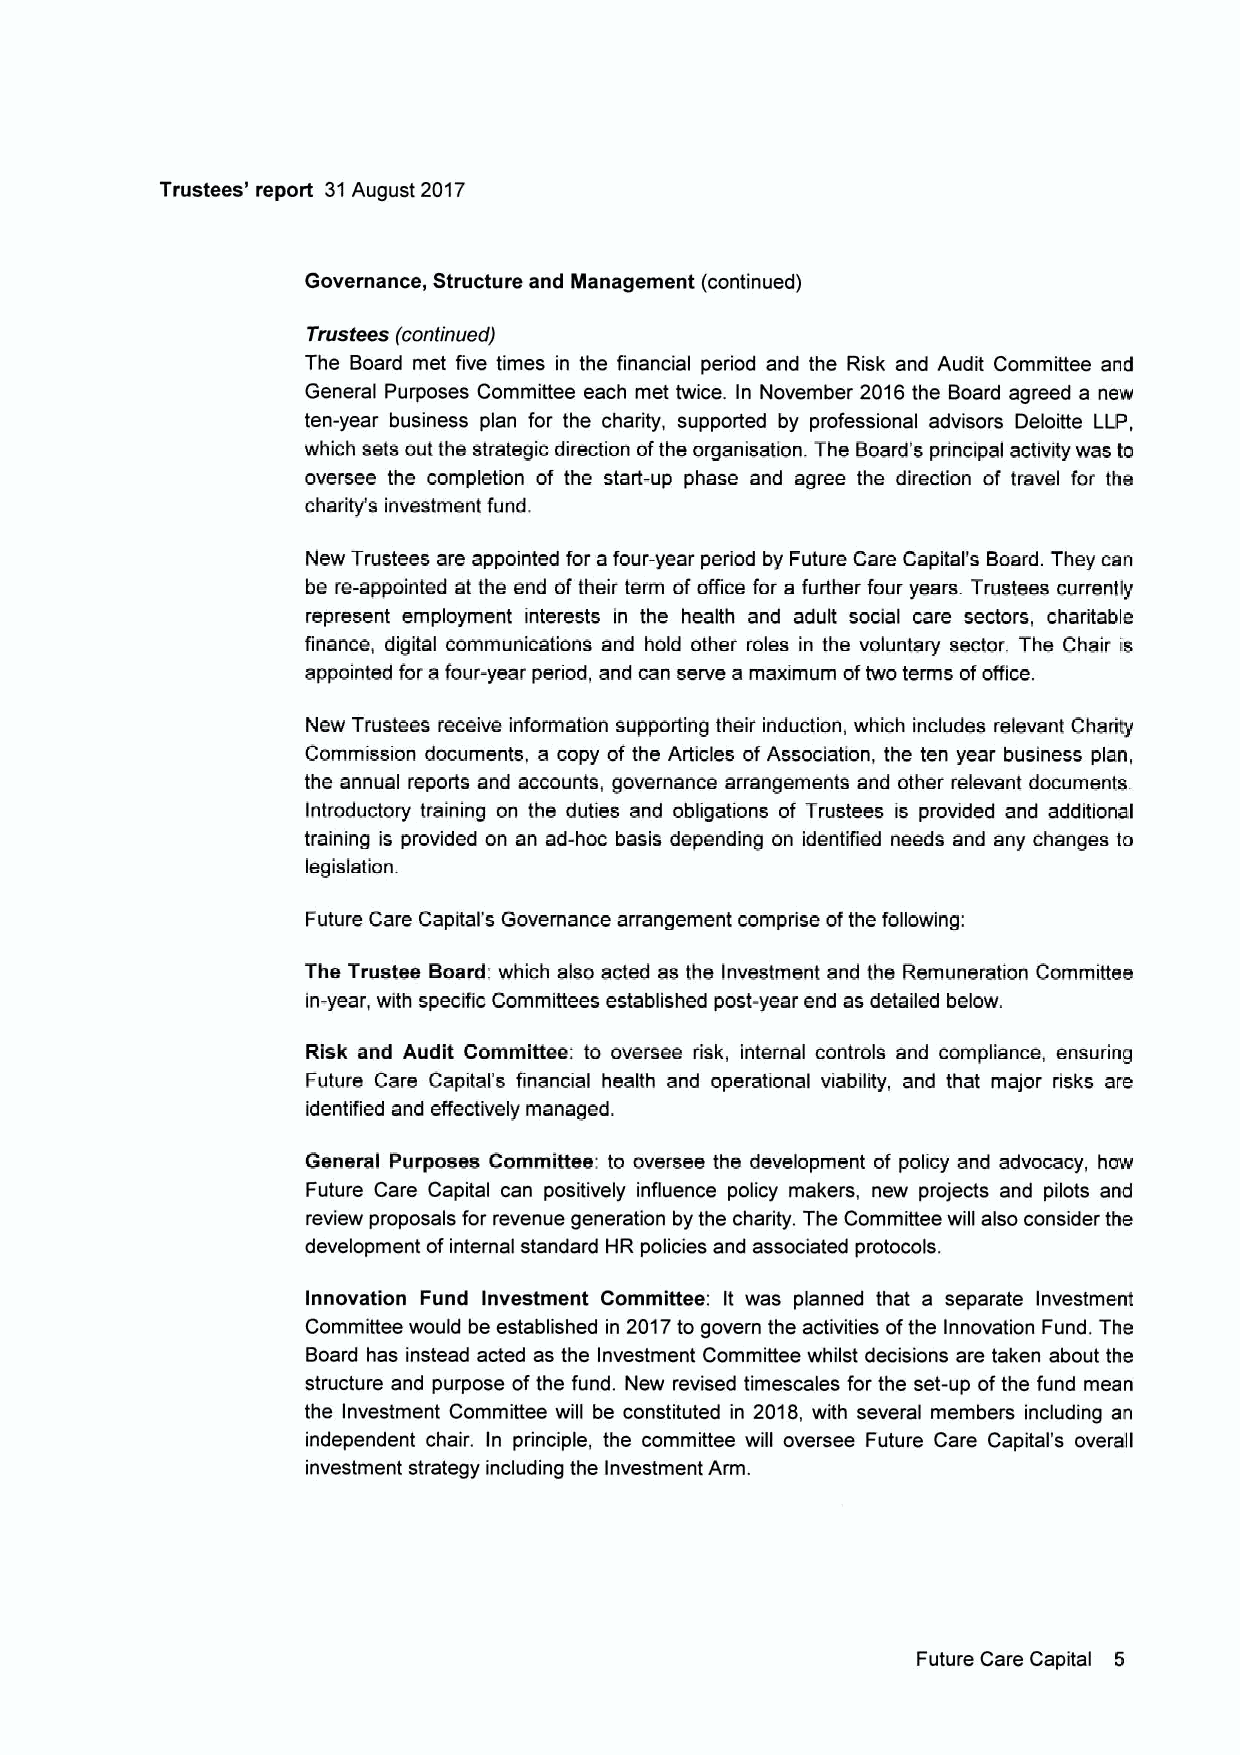
Trustees' report 31August 2017
 Governance, Structure and Management (continued)
 Trustees (continued)
 The Board met five times in the financial period and the Risk and Audit Committee and
 General Purposes Committee each met twice. In November 2016 the Board agreed a new
 ten-year business plan for the charity, supported by professional advisors Deloitte LLP,
 which sets out the strategic direction ofthe organisation. The Board's principal activity was to
 oversee the completion of the start-up phase and agree the direction of travel for the
 charity's investment fund.
 New Trustees are appointed for a four-year period by Future Care Capital's Board. They can
 be re-appointed at the end oftheir term ofoffice for a further four years. Trustees currently
 represent employment interests in the health and adult social care sectors, charitable
 finance, digital communications and hold other roles in the voluntary sector. The Chair is
 appointed fora four-year period, and can serve a maximum oftwo terins ofoffice.
 New Trustees receive information supporting their induction, which includes relevant Charity
 Commission documents, a copy of the Articles of Association, the ten year business plan,
 the annual reports and accounts, governance arrangements and other relevant documents.
 Introductory training on the duties and obligations of Trustees is provided and additional
 training is provided on an ad-hoc basis depending on identiTied needs and any changes to
 legislation.
 Future Care Capital's Governance arrangement comprise ofthe following:
 The Trustee Board: which also acted as the Investment and the Remuneration Committee
 in-year, with specific Committees established post-year end as detailed below.
 Risk and Audit Committee: to oversee risk, internal controls and compliance, ensuring
 Future Care Capital's financial health and operational viability, and that major risks are
 identified and effectively managed.
 General Purposes Committee: to oversee the development of policy and advocacy, how
 Future Care Capital can positively influence policy makers, new projects and pilots and
 review proposals for revenue generation by the charity. The Committee will also consider the
 development ofinternal standard HR policies and associated protocols.
 Innovation Fund Investment Committee: It was planned that a separate Investment
 Committee would be established in 2017to govern the activities ofthe Innovation Fund. The
 Board has instead acted as the Investment Committee whilst decisions are taken about the
 structure and purpose ofthe fund. New revised timescales for the set-up ofthe fund mean
 the Investment Committee will be constituted in 2018, with several members including an
 independent chair. In principle, the committee will oversee Future Care Capital's overall
 investment stmtegy including the Investment Arm.
 Future Care Capital 6